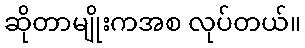
ဆိုတာမျိုးကအစ လုပ်တယ်။